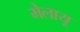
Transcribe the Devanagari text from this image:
मेलायू